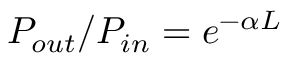
P _ { o u t } / P _ { i n } = e ^ { - \alpha L }